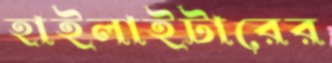
হাইলাইটারের